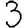
Digit: 3